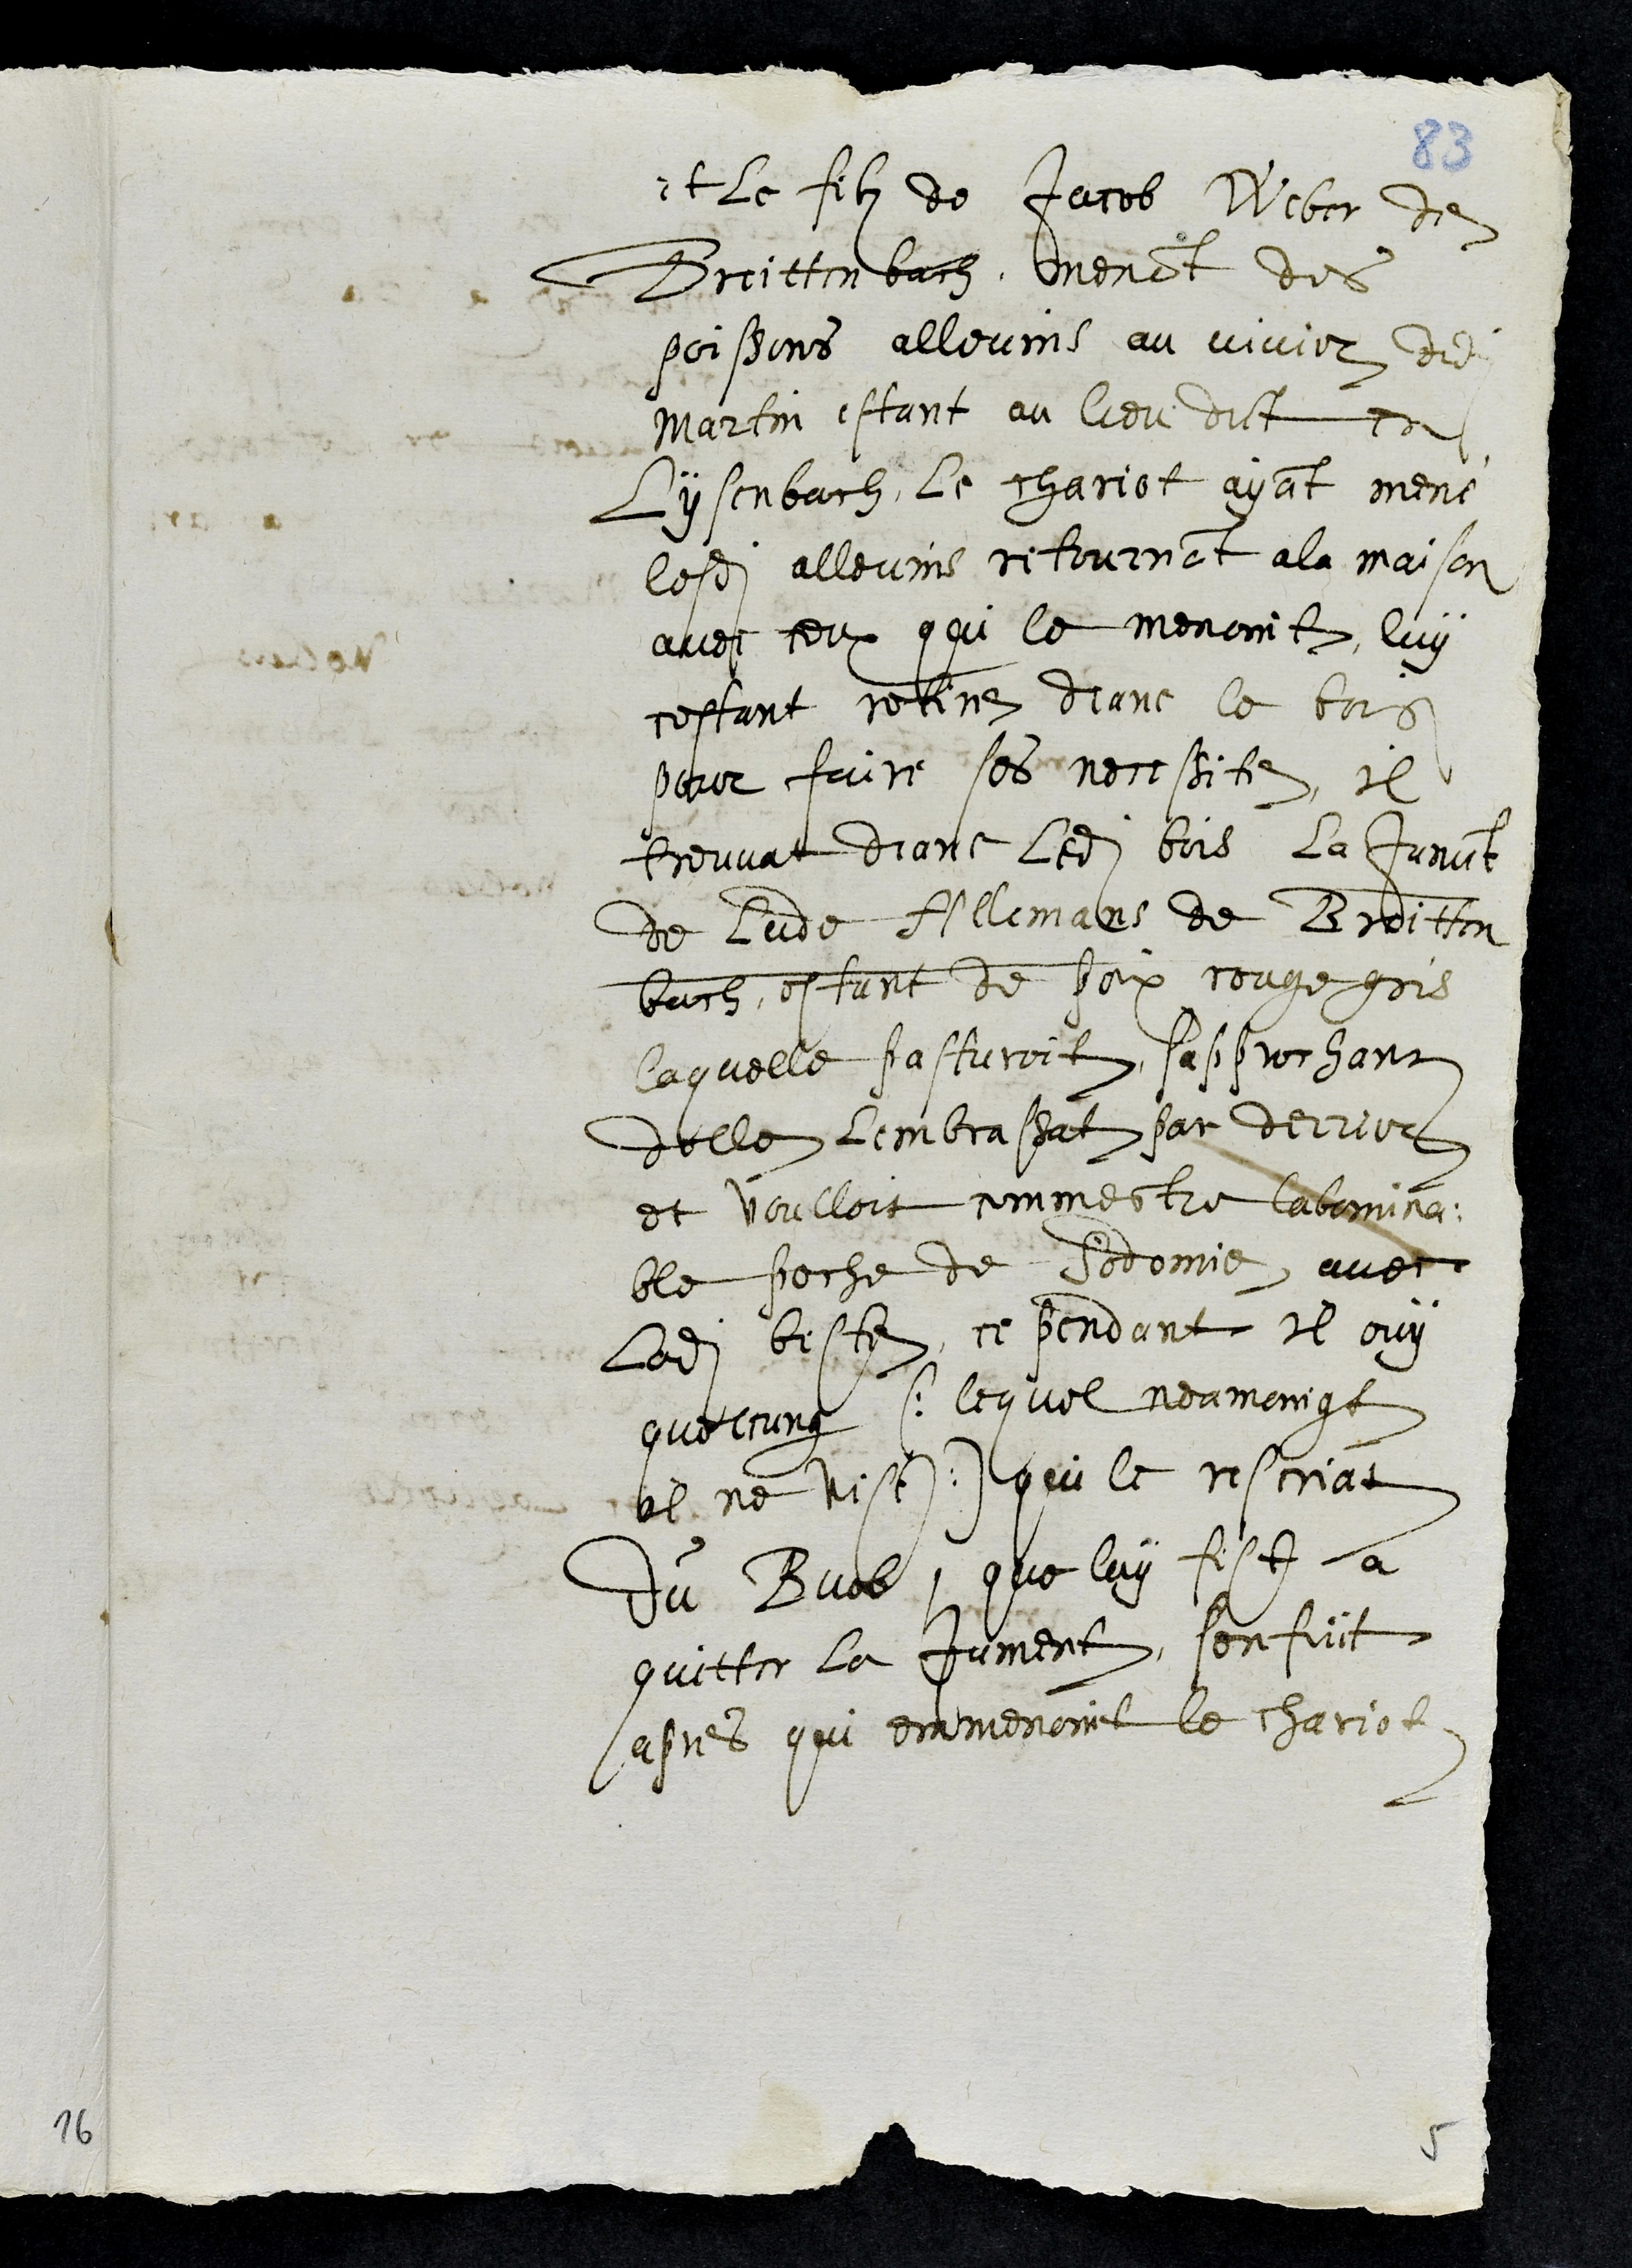
et le filz de Jacob Weber de
Breittenbach, menant des
poissons allevins au vivier dudit
Martin estant au lieu dict es
Lysenbach, le chariot ayant mené
lesdits allevins retournant a la maison
avec ceux qui le menoint, luy
cestant retire dans le bois
pour faire ses necessite, il
treuvat deans ledit bois la Jument
de Lude Allemans de Breitten¬
bach, estant de poix rouge gris
laquelle pasturoit sapprochant
delle lembrassat par derrier
et voulloit commectre labomina¬
ble peche de Sodomie avec
ladite beste, ce pendant il ouy
quelcung (lequel neamoingt
il ne vist) qui le rescriat
du Buob que luy fist a
quitter la jument, sen fuit
apres qui emmenoint le chariot
5